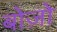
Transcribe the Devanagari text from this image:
बोज़ो